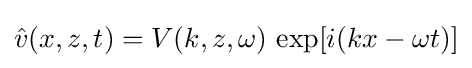
{\hat {v}}(x,z,t)=V(k,z,\omega )\,\exp[i(kx-\omega t)]